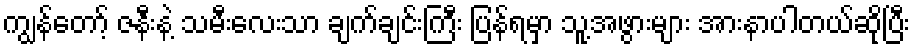
ကျွန်တော့် ဇနီးနဲ့ သမီးလေးသာ ချက်ချင်းကြီး ပြန်ရမှာ သူ့အဖွားများ အားနာပါတယ်ဆိုပြီး